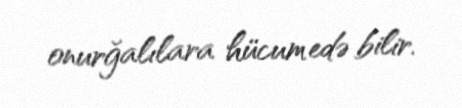
onurğalılara hücum edə bilir.